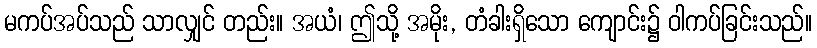
မကပ်အပ်သည် သာလျှင် တည်း။ အယံ၊ ဤသို့ အမိုး, တံခါးရှိသော ကျောင်း၌ ဝါကပ်ခြင်းသည်။